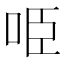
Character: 𠱸